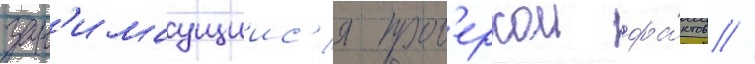
зан'имаущиис'я пров'еркои фа́ктов //